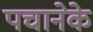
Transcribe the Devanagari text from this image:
पचानेके